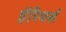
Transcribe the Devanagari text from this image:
हॅरियर्स